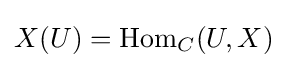
X(U)=\operatorname {Hom} _{C}(U,X)